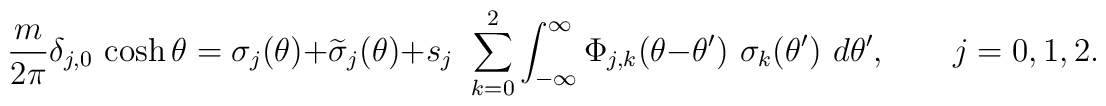
{m\over2\pi} \delta_{j,0}\,\cosh\theta= \sigma_j(\theta)+\widetilde{\sigma}_j(\theta)+ s_j\,\ \sum_{k=0}^2 \int_{-\infty}^\infty \Phi_{j,k}(\theta-\theta') \,\,\sigma_k(\theta') \,\, d\theta', \qquad j=0,1,2.